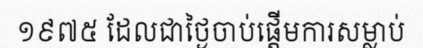
១៩៧៥ ដែលជាថ្ងៃចាប់ផ្តើមការសម្លាប់